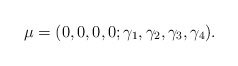
\begin{align*}\mu=(0,0,0,0;\gamma_1,\gamma_2,\gamma_3,\gamma_4).\end{align*}